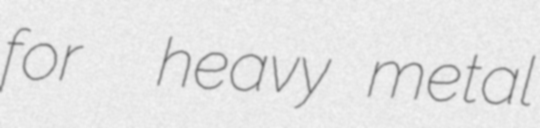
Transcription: for  heavy metal